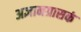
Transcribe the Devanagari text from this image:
अज्ञानग्रासकं